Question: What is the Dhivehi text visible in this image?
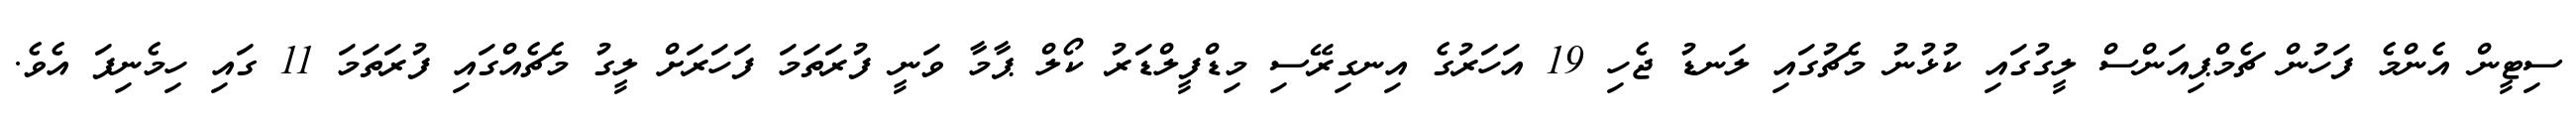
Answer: ސިޓީން އެންމެ ފަހުން ޗެމްޕިއަންސް ލީގުގައި ކުޅުނު މެޗުގައި ލަނޑު ޖެހި 19 އަހަރުގެ އިނގިރޭސި މިޑްފީލްޑަރު ކޯލް ޕާމާ ވަނީ ފުރަތަމަ ފަހަރަށް ލީގު މެޗެއްގައި ފުރަތަމަ 11 ގައި ހިމެނިފަ އެވެ.